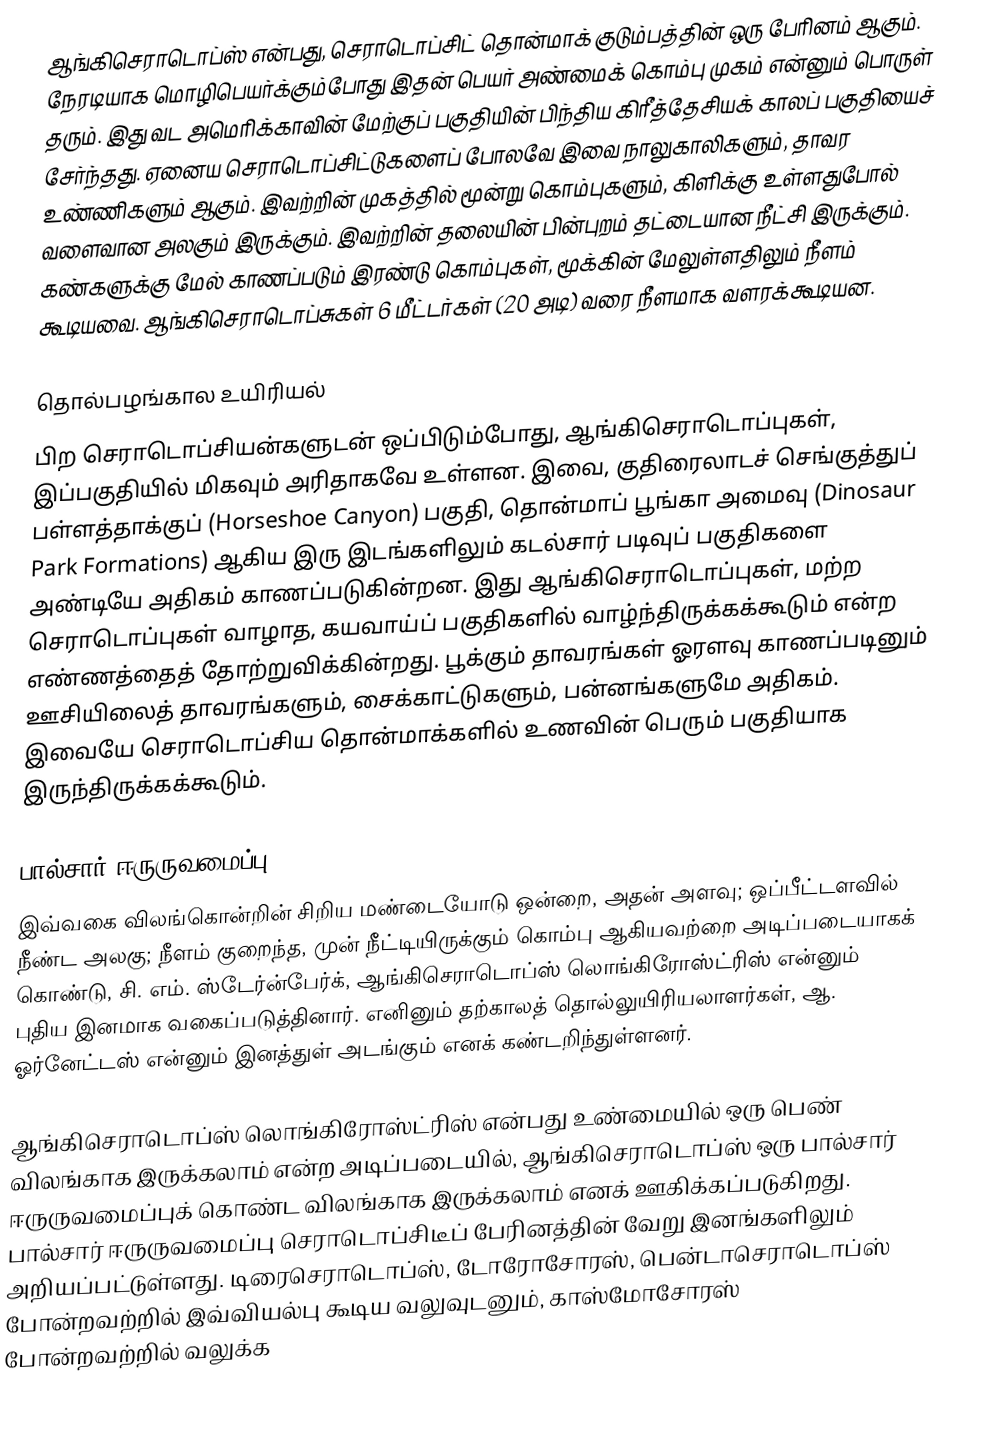
ஆங்கிசெராடொப்ஸ் என்பது, செராடொப்சிட் தொன்மாக் குடும்பத்தின் ஒரு பேரினம் ஆகும். நேரடியாக மொழிபெயர்க்கும்போது இதன் பெயர் அண்மைக் கொம்பு முகம் என்னும் பொருள் தரும். இது வட அமெரிக்காவின் மேற்குப் பகுதியின் பிந்திய கிரீத்தேசியக் காலப் பகுதியைச் சேர்ந்தது. ஏனைய செராடொப்சிட்டுகளைப் போலவே இவை நாலுகாலிகளும், தாவர உண்ணிகளும் ஆகும். இவற்றின் முகத்தில் மூன்று கொம்புகளும், கிளிக்கு உள்ளதுபோல் வளைவான அலகும் இருக்கும். இவற்றின் தலையின் பின்புறம் தட்டையான நீட்சி இருக்கும். கண்களுக்கு மேல் காணப்படும் இரண்டு கொம்புகள், மூக்கின் மேலுள்ளதிலும் நீளம் கூடியவை. ஆங்கிசெராடொப்சுகள் 6 மீட்டர்கள் (20 அடி) வரை நீளமாக வளரக்கூடியன.

தொல்பழங்கால உயிரியல்
பிற செராடொப்சியன்களுடன் ஒப்பிடும்போது, ஆங்கிசெராடொப்புகள், இப்பகுதியில் மிகவும் அரிதாகவே உள்ளன. இவை, குதிரைலாடச் செங்குத்துப் பள்ளத்தாக்குப் (Horseshoe Canyon) பகுதி, தொன்மாப் பூங்கா அமைவு (Dinosaur Park Formations) ஆகிய இரு இடங்களிலும் கடல்சார் படிவுப் பகுதிகளை அண்டியே அதிகம் காணப்படுகின்றன. இது ஆங்கிசெராடொப்புகள், மற்ற செராடொப்புகள் வாழாத, கயவாய்ப் பகுதிகளில் வாழ்ந்திருக்கக்கூடும் என்ற எண்ணத்தைத் தோற்றுவிக்கின்றது. பூக்கும் தாவரங்கள் ஓரளவு காணப்படினும் ஊசியிலைத் தாவரங்களும், சைக்காட்டுகளும், பன்னங்களுமே அதிகம். இவையே செராடொப்சிய தொன்மாக்களில் உணவின் பெரும் பகுதியாக இருந்திருக்கக்கூடும்.

பால்சார் ஈருருவமைப்பு
இவ்வகை விலங்கொன்றின் சிறிய மண்டையோடு ஒன்றை, அதன் அளவு; ஒப்பீட்டளவில் நீண்ட அலகு; நீளம் குறைந்த, முன் நீட்டியிருக்கும் கொம்பு ஆகியவற்றை அடிப்படையாகக் கொண்டு, சி. எம். ஸ்டேர்ன்பேர்க், ஆங்கிசெராடொப்ஸ் லொங்கிரோஸ்ட்ரிஸ் என்னும் புதிய இனமாக வகைப்படுத்தினார். எனினும் தற்காலத் தொல்லுயிரியலாளர்கள், ஆ. ஓர்னேட்டஸ் என்னும் இனத்துள் அடங்கும் எனக் கண்டறிந்துள்ளனர்.

ஆங்கிசெராடொப்ஸ் லொங்கிரோஸ்ட்ரிஸ் என்பது உண்மையில் ஒரு பெண் விலங்காக இருக்கலாம் என்ற அடிப்படையில், ஆங்கிசெராடொப்ஸ் ஒரு பால்சார் ஈருருவமைப்புக் கொண்ட விலங்காக இருக்கலாம் எனக் ஊகிக்கப்படுகிறது. பால்சார் ஈருருவமைப்பு செராடொப்சிடீப் பேரினத்தின் வேறு இனங்களிலும் அறியப்பட்டுள்ளது. டிரைசெராடொப்ஸ், டோரோசோரஸ், பென்டாசெராடொப்ஸ் போன்றவற்றில் இவ்வியல்பு கூடிய வலுவுடனும், காஸ்மோசோரஸ் போன்றவற்றில் வலுக்க